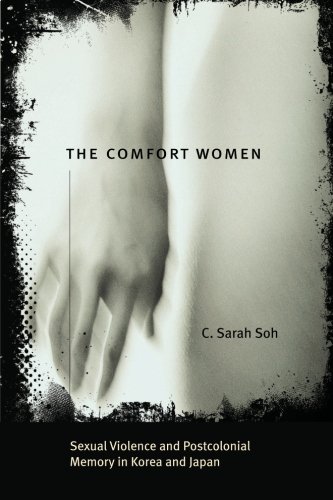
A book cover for The Comfort Women: Sexual Violence and Postcolonial Memory in Korea and Japan (Worlds of Desire: The Chicago Series on Sexuality, Gender, and Culture); C. Sarah Soh; History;